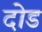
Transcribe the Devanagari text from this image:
दोड